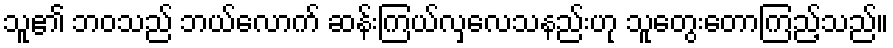
သူ၏ ဘဝသည် ဘယ်လောက် ဆန်းကြယ်လှလေသနည်းဟု သူတွေးတောကြည့်သည်။